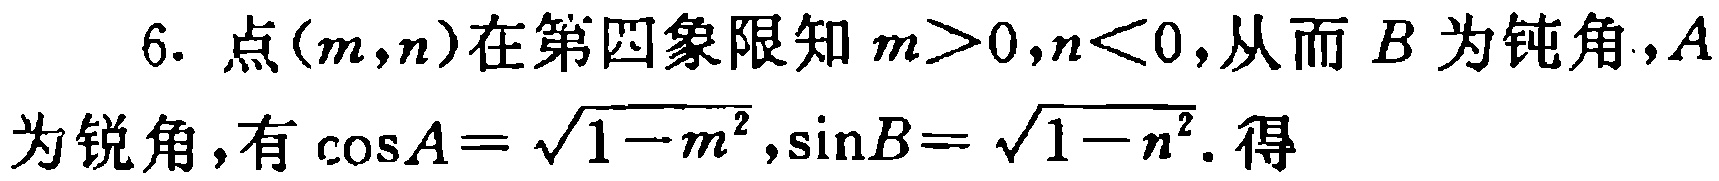
6. 点\((m,n)\)在第四象限知\(m > 0,n < 0\),从而\(B\)为钝角，\(A\)为锐角，有\(\cos A = \sqrt{1 - m^{2}},\sin B = \sqrt{1 - n^{2}}\). 得